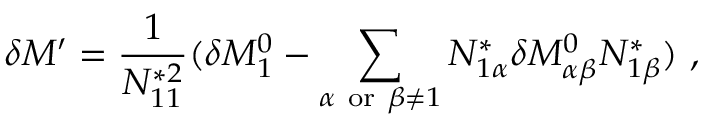
\delta M ^ { \prime } = \frac { 1 } { N _ { 1 1 } ^ { * 2 } } ( \delta M _ { 1 } ^ { 0 } - \sum _ { \alpha \ \mathrm { o r } \ \beta \neq 1 } N _ { 1 \alpha } ^ { * } \delta { \cal M } _ { \alpha \beta } ^ { 0 } N _ { 1 \beta } ^ { * } ) \, \, ,